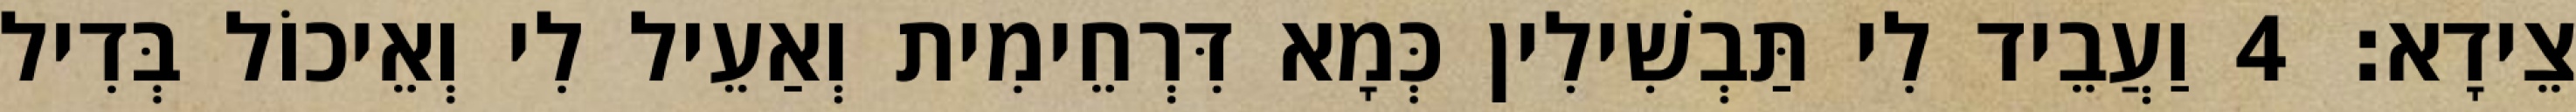
צֵידָא׃ 4 וַעֲבֵיד לִי תַּבְשִׁילִין כְּמָא דִּרְחֵימִית וְאַעֵיל לִי וְאֵיכוֹל בְּדִיל